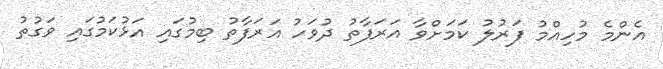
އެންމެ މުހިއްމު ފަރުލު ކަމަށްވާ އަރަފާތު ދުވަހު އަރަފާތު ބިމުގައި އަޅުކަމުގައި ވަގުތު